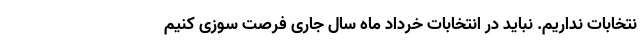
نتخابات نداریم. نباید در انتخابات خرداد ماه سال جاری فرصت سوزی کنیم